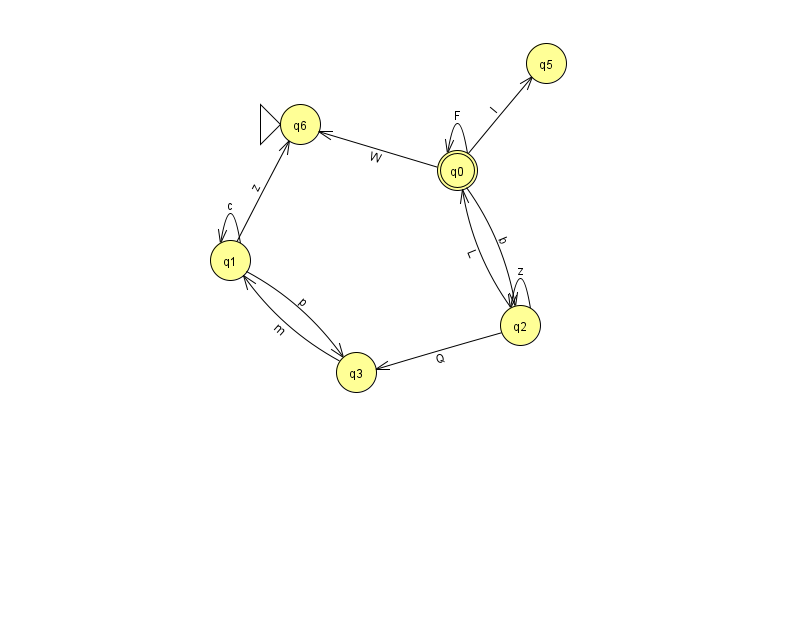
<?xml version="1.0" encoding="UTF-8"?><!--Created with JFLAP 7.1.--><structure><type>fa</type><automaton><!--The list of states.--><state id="0" name="q0"><x>457.0</x><y>157.0</y><final/></state><state id="1" name="q1"><x>230.0</x><y>247.0</y></state><state id="2" name="q2"><x>520.0</x><y>312.0</y></state><state id="3" name="q3"><x>356.0</x><y>359.0</y></state><state id="5" name="q5"><x>546.0</x><y>50.0</y></state><state id="6" name="q6"><x>300.0</x><y>111.0</y><initial/></state><!--The list of transitions.--><transition><from>2</from><to>3</to><read>Q</read></transition><transition><from>0</from><to>5</to><read>I</read></transition><transition><from>1</from><to>1</to><read>c</read></transition><transition><from>1</from><to>3</to><read>p</read></transition><transition><from>1</from><to>6</to><read>z</read></transition><transition><from>0</from><to>0</to><read>F</read></transition><transition><from>0</from><to>2</to><read>b</read></transition><transition><from>0</from><to>6</to><read>W</read></transition><transition><from>2</from><to>0</to><read>L</read></transition><transition><from>2</from><to>2</to><read>z</read></transition><transition><from>3</from><to>1</to><read>m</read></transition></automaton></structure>